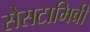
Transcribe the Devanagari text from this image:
सेसटामिबी